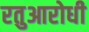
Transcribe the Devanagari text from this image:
रतुआरोधी